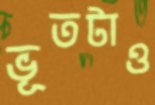
ভূতটাও